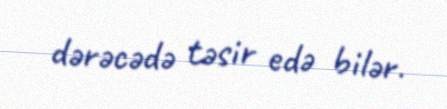
dərəcədə təsir edə bilər.